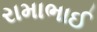
રામાભાઈ